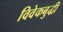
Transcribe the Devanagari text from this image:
विवेकबुद्धी